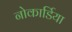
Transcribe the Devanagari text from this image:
नोकार्डिया